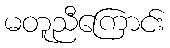
မတူညီကြောင်း